65_HS1-834228961_62-HQ-83894_SUB_A
Agency: FBI
Page 105
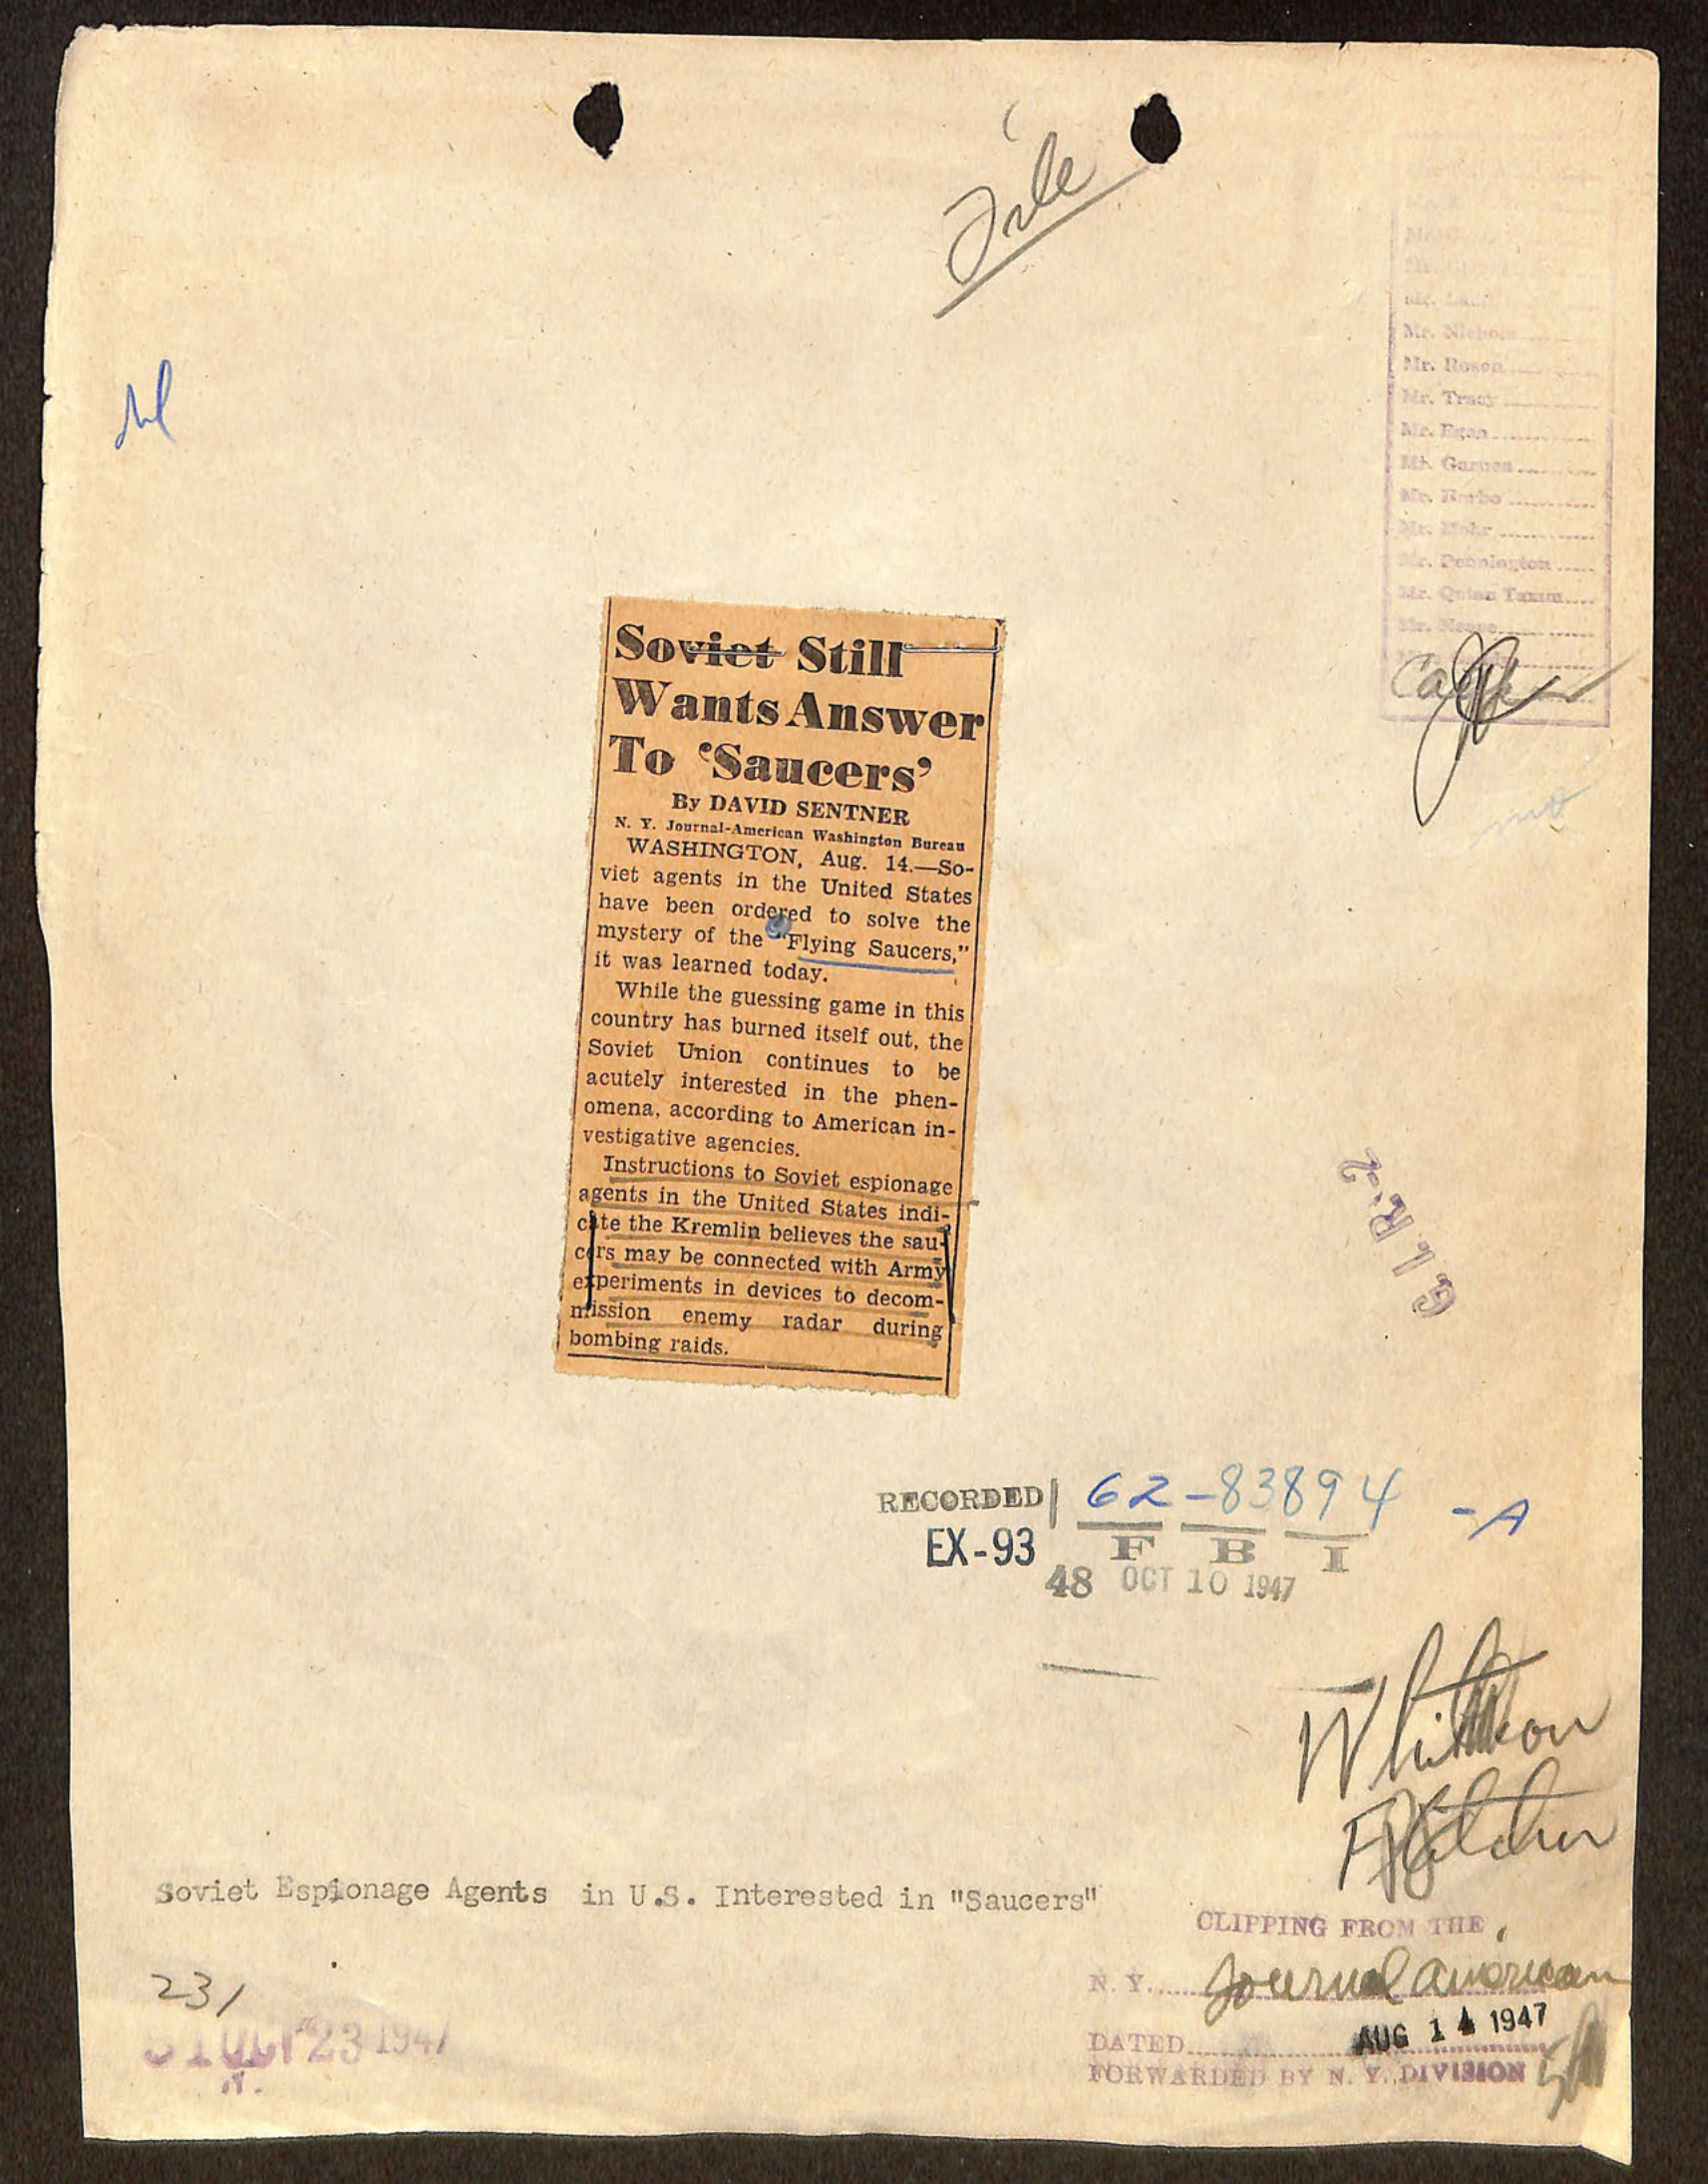